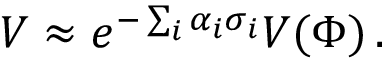
V \approx e ^ { - \sum _ { i } \alpha _ { i } \sigma _ { i } } V ( \Phi ) \, .